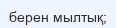
берен мылтық;